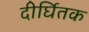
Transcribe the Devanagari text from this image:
दीर्घितक